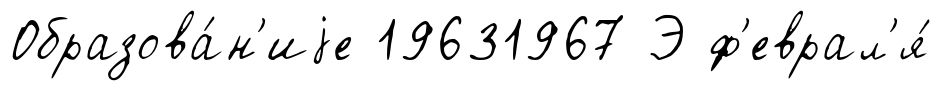
Образова́н'иjе 19631967 Э ф'еврал'я́